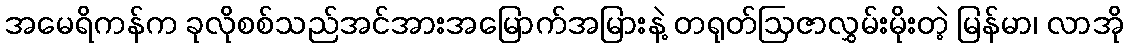
အမေရိကန်က ခုလိုစစ်သည်အင်အားအမြောက်အမြားနဲ့ တရုတ်ဩဇာလွှမ်းမိုးတဲ့ မြန်မာ၊ လာအို